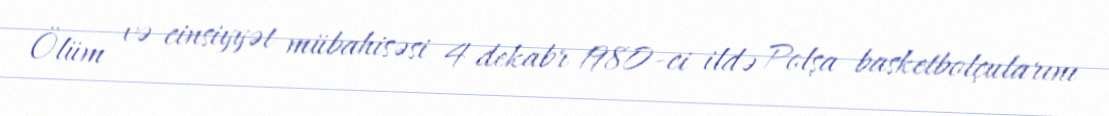
Ölüm və cinsiyyət mübahisəsi 4 dekabr 1980-ci ildə Polşa basketbolçularını